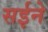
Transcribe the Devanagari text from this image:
सईने